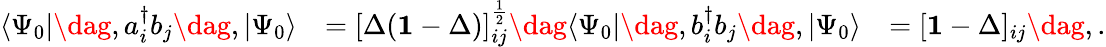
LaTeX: \begin{array}{rlr}{\langle\Psi_{0}|\dag,a_{i}^{\dagger}b_{j}\dag,|\Psi_{0}\rangle}&{=[\Delta(\mathbf{1}-\Delta)]_{ij}^{\frac{1}{2}}\dag\langle\Psi_{0}|\dag,b_{i}^{\dagger}b_{j}\dag,|\Psi_{0}\rangle}&{=[\mathbf{1}-\Delta]_{ij}\dag,.}\end{array}